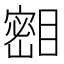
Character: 𪾺